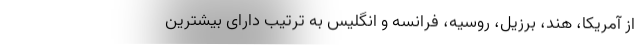
از آمریکا، هند، برزیل، روسیه، فرانسه و انگلیس به ترتیب دارای بیشترین